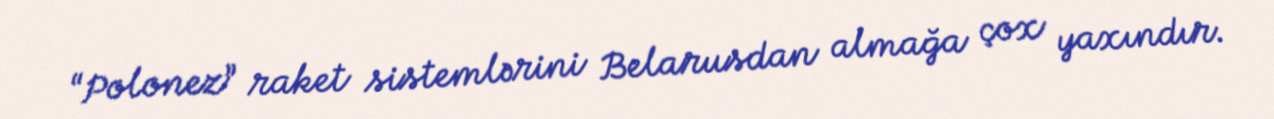
“Polonez” raket sistemlərini Belarusdan almağa çox yaxındır.